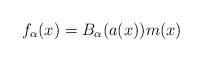
LaTeX: \begin{align*} f_{\alpha}(x)= B_{\alpha}(a(x))m(x) \end{align*}